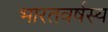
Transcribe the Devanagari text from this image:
भारतवर्षस्य